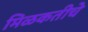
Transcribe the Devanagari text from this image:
मिळकतीचे